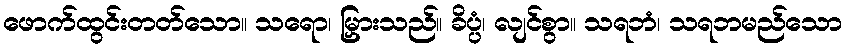
ဖောက်ထွင်းတတ်သော။ သရော၊ မြှားသည်။ ခိပ္ပံ၊ လျင်စွာ။ သရဘံ၊ သရဘမည်သော